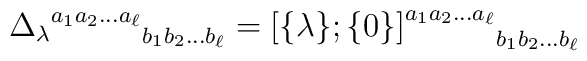
{{\Delta_{\lambda}}^{a_{1}a_{2}\ldots a_{\ell}}}_{b_{1}b_{2}\ldots b_{\ell}} =	{{[} {\{} \lambda {\}};{\{} 0 	{\}}{]}^{a_{1}a_{2}\ldots a_{\ell}}}_{b_{1}b_{2}\ldots b_{\ell}}